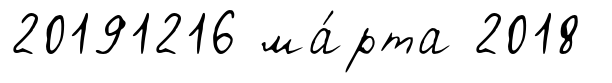
20191216 ма́рта 2018